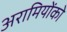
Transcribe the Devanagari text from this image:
अरामियोंको